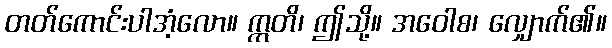
တတ်ကောင်းပါအံ့လော။ ဣတိ၊ ဤသို့။ အဝေါစ၊ လျှောက်၏။